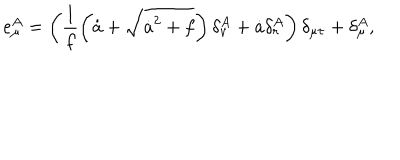
e _ { \mu } ^ { A } = \left( \frac { 1 } { f } \left( \dot { a } + \sqrt { \dot { a } ^ { 2 } + f } \right) \delta _ { v } ^ { A } + \dot { a } \delta _ { r } ^ { A } \right) \delta _ { \mu \tau } + \delta _ { \mu } ^ { A } ,